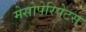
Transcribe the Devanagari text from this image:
मेसोपेरिपेटस